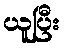
ယူပြီး